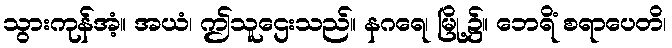
သွားကုန်အံ့။ အယံ၊ ဤသူဌေးသည်။ နဂရေ၊ မြို့၌။ ဘေရိံ စရာပေတိ၊